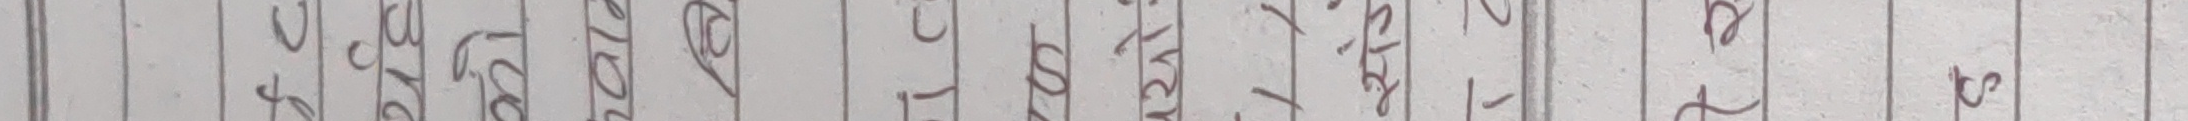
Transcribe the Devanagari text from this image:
३४ २७३ ७१० ८१० ९४५ ७२५ ५६४ ४०९